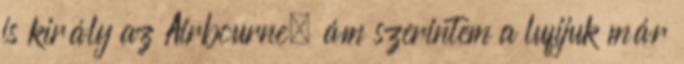
is király az Airbourne, ám szerintem a lufijuk már